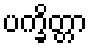
ပက္ခိတ္တာ